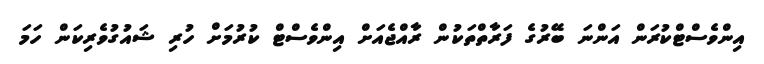
އިންވެސްޓްކުރަން އަންނަ ބޭރުގެ ފަރާތްތަކުން ރާއްޖެއަށް އިންވެސްޓް ކުރުމަށް ހުރި ޝައުގުވެރިކަން ހަމަ